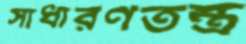
সাধারণতন্ত্র